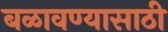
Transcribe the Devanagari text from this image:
बळावण्यासाठी